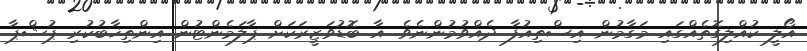
އޯލީ ކުއްލިގޮތެއްގައި މަގާމުން އިސްތިއުފާ ދެއްވުމުންނެވެ. އާ ބޮޑުވަޒީރަކަށް ޕާލަމެންޓުން އިންތިޚާބުކުރި ޕުޝްޕާ